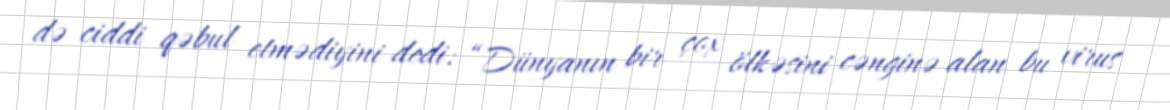
də ciddi qəbul etmədiyini dedi: “Dünyanın bir çox ölkəsini cənginə alan bu virus